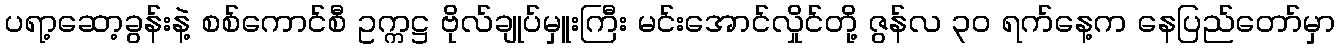
ပရာ့ဆော့ခွန်းနဲ့ စစ်ကောင်စီ ဥက္ကဋ္ဌ ဗိုလ်ချုပ်မှူးကြီး မင်းအောင်လှိုင်တို့ ဇွန်လ ၃၀ ရက်နေ့က နေပြည်တော်မှာ